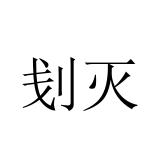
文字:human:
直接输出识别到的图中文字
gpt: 刬灭